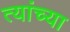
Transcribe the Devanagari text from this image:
त्यांच्या